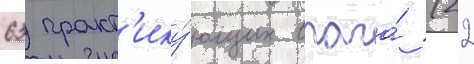
63 практ'ику́ющих врача́ (22